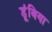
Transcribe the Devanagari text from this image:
डूंबिया